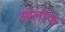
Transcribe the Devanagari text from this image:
ओलॉफ